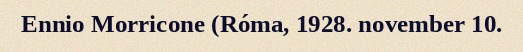
Ennio Morricone (Róma, 1928. november 10.